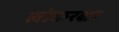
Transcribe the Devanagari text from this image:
लोकरक्षा